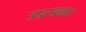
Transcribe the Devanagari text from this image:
उपत्यका।